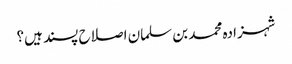
شہزادہ محمد بن سلمان اصلاح پسند ہیں؟